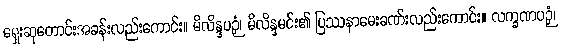
ရှေးဆုတောင်းအခန်းလည်းကောင်း။ မိလိန္ဒပဉှံ၊ မိလိန္ဒမင်း၏ ပြဿနာမေးခဏ်းလည်းကောင်း။ လက္ခဏပဉှံ၊